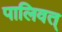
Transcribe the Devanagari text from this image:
पालिवत्‌